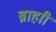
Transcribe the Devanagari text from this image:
ब्राहाी